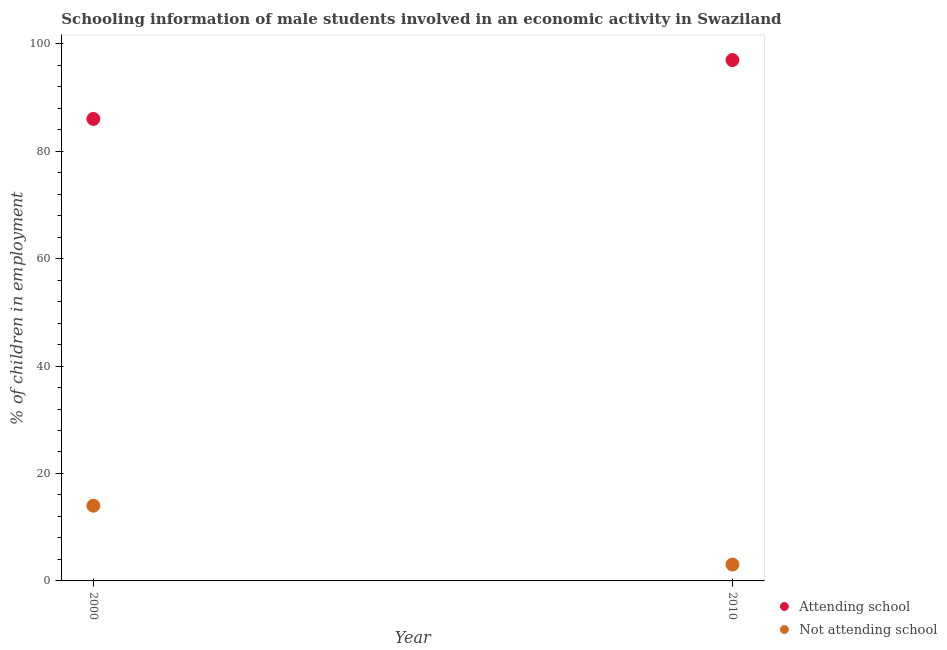
| Year | Attending school | Not attending school |
 | --- | --- | --- |
 | 2000 | 86 | 14 |
 | 2010 | 96.9 | 3.05 |